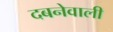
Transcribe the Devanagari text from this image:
दबनेवाली